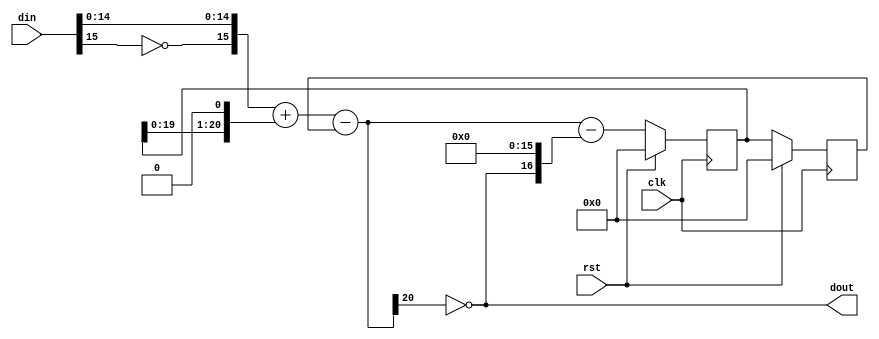
/*
  
   Multicore 2 / Multicore 2+
  
   Copyright (c) 2017-2020 - Victor Trucco

  
   All rights reserved
  
   Redistribution and use in source and synthezised forms, with or without
   modification, are permitted provided that the following conditions are met:
  
   Redistributions of source code must retain the above copyright notice,
   this list of conditions and the following disclaimer.
  
   Redistributions in synthesized form must reproduce the above copyright
   notice, this list of conditions and the following disclaimer in the
   documentation and/or other materials provided with the distribution.
  
   Neither the name of the author nor the names of other contributors may
   be used to endorse or promote products derived from this software without
   specific prior written permission.
  
   THIS CODE IS PROVIDED BY THE COPYRIGHT HOLDERS AND CONTRIBUTORS "AS IS"
   AND ANY EXPRESS OR IMPLIED WARRANTIES, INCLUDING, BUT NOT LIMITED TO,
   THE IMPLIED WARRANTIES OF MERCHANTABILITY AND FITNESS FOR A PARTICULAR
   PURPOSE ARE DISCLAIMED. IN NO EVENT SHALL THE AUTHOR OR CONTRIBUTORS BE
   LIABLE FOR ANY DIRECT, INDIRECT, INCIDENTAL, SPECIAL, EXEMPLARY, OR
   CONSEQUENTIAL DAMAGES (INCLUDING, BUT NOT LIMITED TO, PROCUREMENT OF
   SUBSTITUTE GOODS OR SERVICES; LOSS OF USE, DATA, OR PROFITS; OR BUSINESS
   INTERRUPTION) HOWEVER CAUSED AND ON ANY THEORY OF LIABILITY, WHETHER IN
   CONTRACT, STRICT LIABILITY, OR TORT (INCLUDING NEGLIGENCE OR OTHERWISE)
   ARISING IN ANY WAY OUT OF THE USE OF THIS SOFTWARE, EVEN IF ADVISED OF THE
   POSSIBILITY OF SUCH DAMAGE.
  
   You are responsible for any legal issues arising from your use of this code.
  
*//*  This file is part of JT51.

    JT51 is free software: you can redistribute it and/or modify
    it under the terms of the GNU General Public License as published by
    the Free Software Foundation, either version 3 of the License, or
    (at your option) any later version.

    JT51 is distributed in the hope that it will be useful,
    but WITHOUT ANY WARRANTY; without even the implied warranty of
    MERCHANTABILITY or FITNESS FOR A PARTICULAR PURPOSE.  See the
    GNU General Public License for more details.

    You should have received a copy of the GNU General Public License
    along with JT51.  If not, see <http://www.gnu.org/licenses/>.

	Author: Jose Tejada Gomez. Twitter: @topapate
	Version: 1.0
	Date: March, 9th 2017
	*/

`timescale 1ns / 1ps

/*

	input sampling rate must be the same as clk frequency
    interpolate input signal accordingly to get the
    right sampling rate.
	
	Refer to sigmadelta.ods to see how the internal width (int_w)
	was determined.

*/

module jt51_dac2 #(parameter width=16)
(
	input	clk,
    input	rst,
    input	signed [width-1:0] din,
    output	reg dout
);

parameter int_w = width+5;

reg [int_w-1:0] y, error, error_1, error_2;

wire [width-1:0] undin = { ~din[width-1], din[width-2:0] };

always @(*) begin
	y <= undin + { error_1, 1'b0} - error_2;
	dout <= ~y[int_w-1];
	error <= y - {dout, {width{1'b0}}};
end

always @(posedge clk)
	if( rst ) begin
		error_1 <= {int_w{1'b0}};
		error_2 <= {int_w{1'b0}};
	end else begin
		error_1 <= error;
		error_2 <= error_1;
	end

endmodule